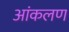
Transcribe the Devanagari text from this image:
आंकलण